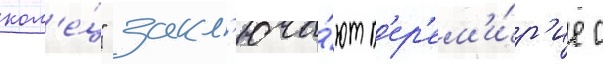
кол'е́ц" закл'юча́ют п'ер'ем'и́р'ие с